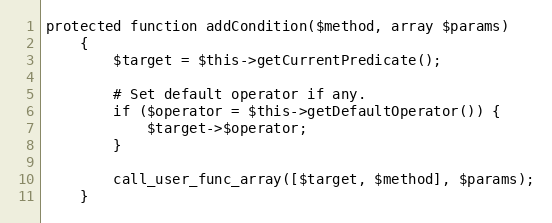
Language: PHP
protected function addCondition($method, array $params)
    {
        $target = $this->getCurrentPredicate();

        # Set default operator if any.
        if ($operator = $this->getDefaultOperator()) {
            $target->$operator;
        }

        call_user_func_array([$target, $method], $params);
    }